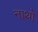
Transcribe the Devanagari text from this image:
नाथो